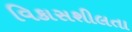
વિકાસશીલતા